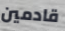
قادمين